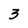
Character: 3